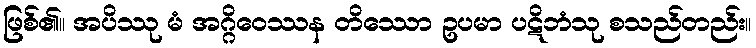
ဖြစ်၏။ အပိဿု မံ အဂ္ဂိဝေဿန တိဿော ဥပမာ ပဋိဘံသု စသည်တည်း။